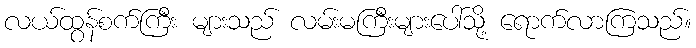
လယ်ထွန်စက်ကြီး များသည် လမ်းမကြီးများပေါ်သို့ ရောက်လာကြသည်။